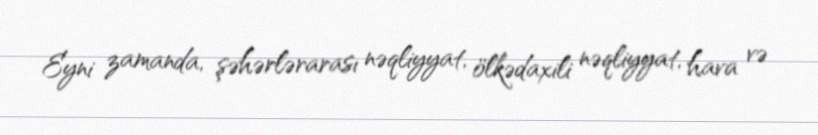
Eyni zamanda, şəhərlərarası nəqliyyat, ölkədaxili nəqliyyat, hava və